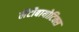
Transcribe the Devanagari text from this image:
लैंटीबायोटिक्स